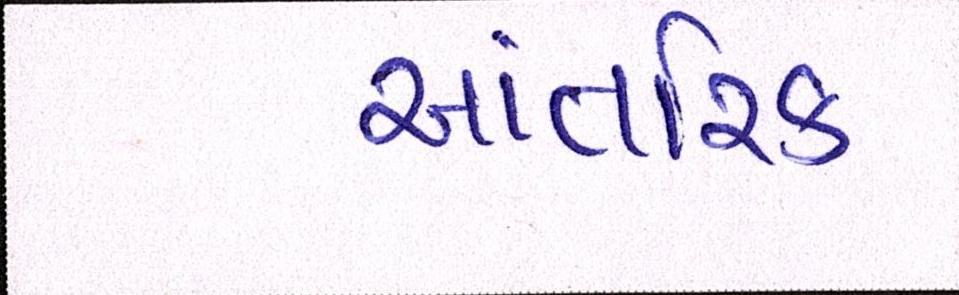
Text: આંતરીક